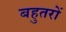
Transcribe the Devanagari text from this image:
बहुतरों